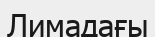
Лимадағы